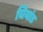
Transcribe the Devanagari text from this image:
चियांड